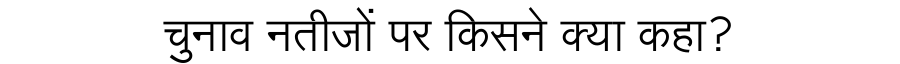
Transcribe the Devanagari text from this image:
चुनाव नतीजों पर किसने क्या कहा?